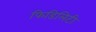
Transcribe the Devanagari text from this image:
फिडिलिटी